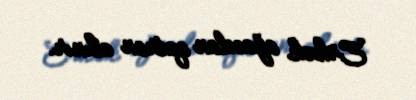
Erkək ağacdan qatran alınır.